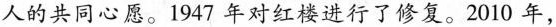
人的共同心愿。1947 年对红楼进行了修复。2010 年，